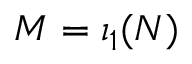
M = \iota _ { 1 } ( N )